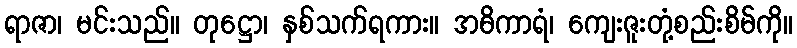
ရာဇာ၊ မင်းသည်။ တုဋ္ဌော၊ နှစ်သက်ရကား။ အဓိကာရံ၊ ကျေးဇူးတုံ့စည်းစိမ်ကို။